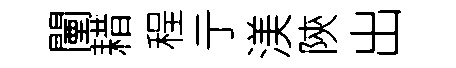
闉耤程亍渼陝出